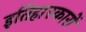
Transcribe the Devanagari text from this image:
इतिहास्कारों